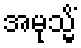
အမုသ္မိံ